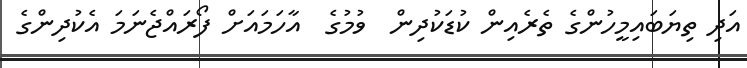
އަދި ތިޔަބައިމީހުންގެ ތެރެއިން ކުޑަކުދިން  ވުމުގެ  އާހަމައަށް ފޯރައްޖެނަމަ އެކުދިންގެ